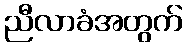
ညီလာခံအတွက်